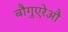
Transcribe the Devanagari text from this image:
बौगुएरेऔ